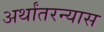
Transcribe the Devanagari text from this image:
अर्थांतरन्यास